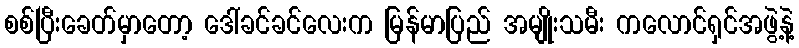
စစ်ပြီးခေတ်မှာတော့ ဒေါ်ခင်ခင်လေးက မြန်မာပြည် အမျိုးသမီး ကလောင်ရှင်အဖွဲ့နဲ့